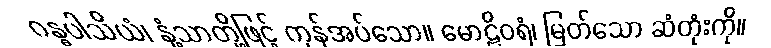
ဂန္ဓပါသိယံ၊ နံ့သာတို့ဖြင့် ကုန်အပ်သော။ မောဠိဝရံ၊ မြတ်သော ဆံတုံးကို။